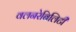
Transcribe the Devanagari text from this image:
वलनरेबिलिटी